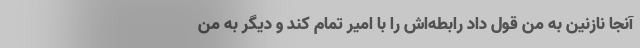
آنجا نازنین به من قول داد رابطه‌اش را با امیر تمام کند و دیگر به من